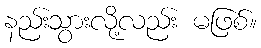
နည်းသွားလို့လည်း မဖြစ်။